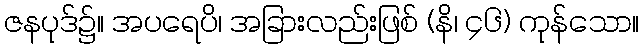
ဇနပုဒ်၌။ အပရေပိ၊ အခြားလည်းဖြစ် (နိ၊ ၄၆) ကုန်သော။